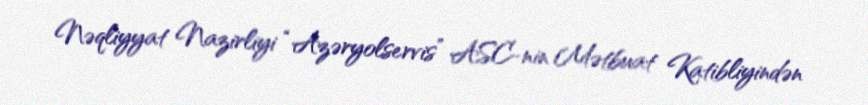
Nəqliyyat Nazirliyi “Azəryolservis” ASC-nin Mətbuat Katibliyindən